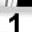
Digit: 1